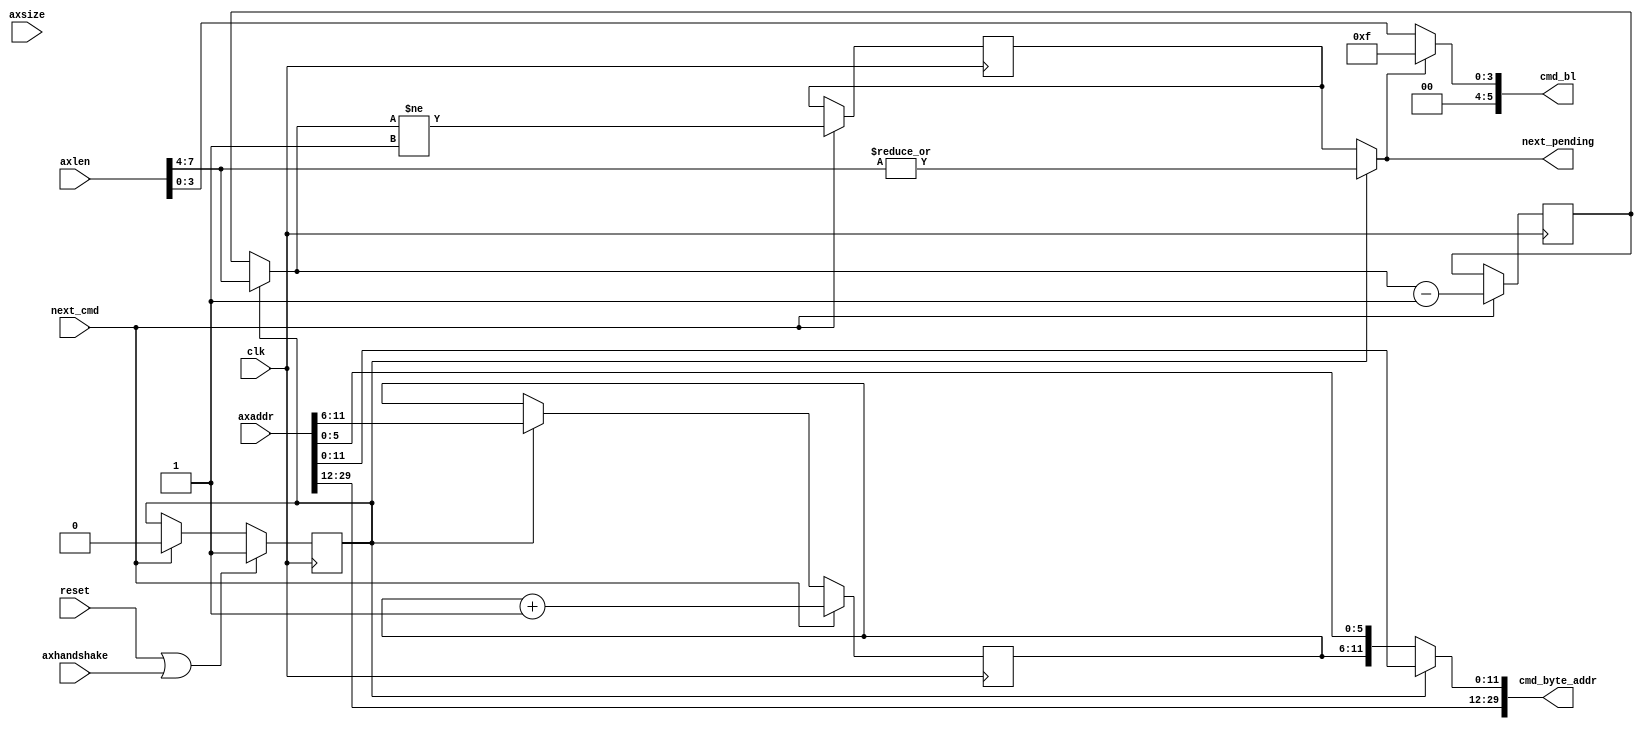
// -- (c) Copyright 2010 Xilinx, Inc. All rights reserved. 
// --                                                             
// -- This file contains confidential and proprietary information 
// -- of Xilinx, Inc. and is protected under U.S. and             
// -- international copyright and other intellectual property     
// -- laws.                                                       
// --                                                             
// -- DISCLAIMER                                                  
// -- This disclaimer is not a license and does not grant any     
// -- rights to the materials distributed herewith. Except as     
// -- otherwise provided in a valid license issued to you by      
// -- Xilinx, and to the maximum extent permitted by applicable   
// -- law: (1) THESE MATERIALS ARE MADE AVAILABLE "AS IS" AND     
// -- WITH ALL FAULTS, AND XILINX HEREBY DISCLAIMS ALL WARRANTIES 
// -- AND CONDITIONS, EXPRESS, IMPLIED, OR STATUTORY, INCLUDING   
// -- BUT NOT LIMITED TO WARRANTIES OF MERCHANTABILITY, NON-      
// -- INFRINGEMENT, OR FITNESS FOR ANY PARTICULAR PURPOSE; and    
// -- (2) Xilinx shall not be liable (whether in contract or tort,
// -- including negligence, or under any other theory of          
// -- liability) for any loss or damage of any kind or nature     
// -- related to, arising under or in connection with these       
// -- materials, including for any direct, or any indirect,       
// -- special, incidental, or consequential loss or damage        
// -- (including loss of data, profits, goodwill, or any type of  
// -- loss or damage suffered as a result of any action brought   
// -- by a third party) even if such damage or loss was           
// -- reasonably foreseeable or Xilinx had been advised of the    
// -- possibility of the same.                                    
// --                                                             
// -- CRITICAL APPLICATIONS                                       
// -- Xilinx products are not designed or intended to be fail-    
// -- safe, or for use in any application requiring fail-safe     
// -- performance, such as life-support or safety devices or      
// -- systems, Class III medical devices, nuclear facilities,     
// -- applications related to the deployment of airbags, or any   
// -- other applications that could lead to death, personal       
// -- injury, or severe property or environmental damage          
// -- (individually and collectively, "Critical                   
// -- Applications"). Customer assumes the sole risk and          
// -- liability of any use of Xilinx products in Critical         
// -- Applications, subject only to applicable laws and           
// -- regulations governing limitations on product liability.     
// --                                                             
// -- THIS COPYRIGHT NOTICE AND DISCLAIMER MUST BE RETAINED AS    
// -- PART OF THIS FILE AT ALL TIMES.                             
// --  
///////////////////////////////////////////////////////////////////////////////
//
//
// Description: 
// MCB does not support up to 256 beats per transaction to support an AXI INCR 
// command directly.  Additionally for QOS purposes, larger transactions
// issued as many smaller transactions should improve QoS for the system.
//
///////////////////////////////////////////////////////////////////////////////

`timescale 1ps/1ps
`default_nettype none

module axi_mcb_incr_cmd #
(
///////////////////////////////////////////////////////////////////////////////
// Parameter Definitions
///////////////////////////////////////////////////////////////////////////////
                    // Width of AxADDR
                    // Range: 32.
  parameter integer C_AXI_ADDR_WIDTH            = 32, 
                    // Width of cmd_byte_addr
                    // Range: 30
  parameter integer C_MCB_ADDR_WIDTH            = 30,
                    // Width of AXI xDATA and MCB xx_data
                    // Range: 32, 64, 128.
  parameter integer C_DATA_WIDTH                = 32,
                    // Width of the read counters per mcb transaction
                    // Range: 4
  parameter integer C_CNT_WIDTH                 = 4,
                    // Static value of axsize
                    // Rannge: 2-4
  parameter integer C_AXSIZE                    = 2
)
(
///////////////////////////////////////////////////////////////////////////////
// Port Declarations     
///////////////////////////////////////////////////////////////////////////////
  input  wire                                 clk           , 
  input  wire                                 reset         , 
  input  wire [C_AXI_ADDR_WIDTH-1:0]          axaddr        , 
  input  wire [7:0]                           axlen         , 
  input  wire [2:0]                           axsize        , 
  // axhandshake = axvalid & axready
  input  wire                                 axhandshake   , 
  output wire [5:0]                           cmd_bl        , 
  output wire [C_MCB_ADDR_WIDTH-1:0]          cmd_byte_addr , 

  // Connections to/from fsm module
  // signal to increment to the next mcb transaction 
  input  wire                                 next_cmd          , 
  // signal to the fsm there is another transaction required
  output wire                                 next_pending 

);
////////////////////////////////////////////////////////////////////////////////
// Local parameters
////////////////////////////////////////////////////////////////////////////////
localparam P_AXLEN_WIDTH = 8;    
localparam P_CMD_BL_WIDTH = 6;

// AXI commands cannot cross 4096 byte boundaries, set counter max at 12 bits
localparam P_AXI_CNT_WIDTH_MAX = 12;
// Address will always increment by at least C_CNT_WIDTH+
localparam P_AXADDR_CNT_WIDTH = P_AXI_CNT_WIDTH_MAX-(8-C_CNT_WIDTH)-C_AXSIZE;
localparam P_AXADDR_CNT_START = C_AXSIZE + C_CNT_WIDTH;
////////////////////////////////////////////////////////////////////////////////
// Wire and register declarations
////////////////////////////////////////////////////////////////////////////////
reg                           sel_first;     
wire [C_MCB_ADDR_WIDTH-1:0]   axaddr_i;      
wire [C_MCB_ADDR_WIDTH-1:0]   axaddr_incr;   
wire [P_AXADDR_CNT_WIDTH-1:0] axaddr_cnt_in; 
reg  [P_AXADDR_CNT_WIDTH-1:0] axaddr_cnt;    
wire [C_CNT_WIDTH-1:0]        axlen_i;       
wire [C_CNT_WIDTH-1:0]        cmd_bl_i;      
reg  [C_CNT_WIDTH-1:0]        axlen_cnt;     
wire [C_CNT_WIDTH-1:0]        axlen_msb_cnt; 
reg                           axlen_cnt_not_zero;

////////////////////////////////////////////////////////////////////////////////
// BEGIN RTL
////////////////////////////////////////////////////////////////////////////////
// calculate cmd_byte_addr
assign cmd_byte_addr = (sel_first) ? axaddr_i : axaddr_incr;
assign axaddr_i = axaddr[0 +: C_MCB_ADDR_WIDTH];
// Incremented version of axaddr
assign axaddr_incr = { 
                        axaddr_i[P_AXI_CNT_WIDTH_MAX +: C_MCB_ADDR_WIDTH-P_AXI_CNT_WIDTH_MAX], 
                        axaddr_cnt, 
                        axaddr_i[0 +: C_AXSIZE+C_CNT_WIDTH]
                     };
// Pull off bits to increment
assign axaddr_cnt_in = axaddr_i[P_AXADDR_CNT_START +: P_AXADDR_CNT_WIDTH];

// Address Increment Counter
always @(posedge clk) begin
  if (next_cmd) begin
    axaddr_cnt <= axaddr_cnt + 1'b1;
  end else if (sel_first) begin
    axaddr_cnt <= axaddr_cnt_in;
  end
end

// Calculat cmd_bl  
assign cmd_bl = {{(P_CMD_BL_WIDTH-C_CNT_WIDTH){1'b0}}, cmd_bl_i};
assign cmd_bl_i = (next_pending) ? {C_CNT_WIDTH{1'b1}} : axlen_i;
assign axlen_i = axlen[C_CNT_WIDTH-1:0];

// assign next_pending = axlen_msb_cnt > {P_AXADDR_CNT_WIDTH{1'b0}};
assign next_pending = (sel_first) ? (| axlen[C_CNT_WIDTH +: 8-C_CNT_WIDTH]) : axlen_cnt_not_zero;
assign axlen_msb_cnt = (sel_first) ? axlen[C_CNT_WIDTH +: 8-C_CNT_WIDTH]  : axlen_cnt;

// Counter to hold number of transactions left to issue
always @(posedge clk) begin
  if (next_cmd) begin
    axlen_cnt <= axlen_msb_cnt - 1'b1;
    axlen_cnt_not_zero <= (axlen_msb_cnt != {{C_CNT_WIDTH-1{1'b0}}, 1'b1});
  end
end

// Indicates if we are on the first transaction of a mcb translation with more
// than 1 transaction.
always @(posedge clk) begin
  if (reset | axhandshake) begin
    sel_first <= 1'b1;
  end else if (next_cmd) begin
    sel_first <= 1'b0;
  end
end

endmodule
`default_nettype wire